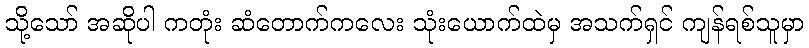
သို့သော် အဆိုပါ ကတုံး ဆံတောက်ကလေး သုံးယောက်ထဲမှ အသက်ရှင် ကျန်ရစ်သူမှာ